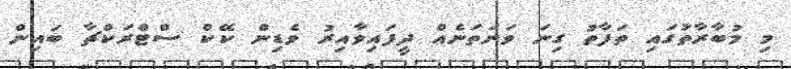
މި މުބާރާތުގައި ތަފާތު ގިނަ ވަނަތަނެއް ދީފައިވާއިރު ވެޑިން ކޭކް ސްޓްރަކްޗާ ބައިން